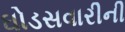
ઘોડસવારીની